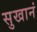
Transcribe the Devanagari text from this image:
सुखानं